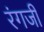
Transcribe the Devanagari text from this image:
रंगजी